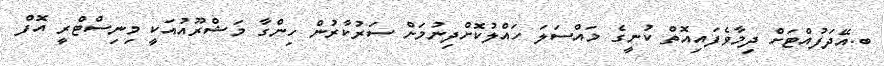
ބ.އޭދަފުއްޓަށް ދިމާވެފައިއޮތް ކުނީގެ މައްސަލަ ހައްލުކޮށްދިނުމަށް ސަރުކާރުން ހިންގާ މަޝްރޫއުއަކީ މިނިސްޓްރީ އޮފް